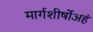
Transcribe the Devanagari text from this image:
मार्गशीर्षोअहं